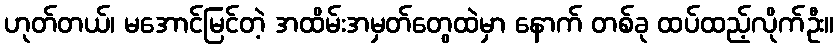
ဟုတ်တယ်၊ မအောင်မြင်တဲ့ အထိမ်းအမှတ်တွေထဲမှာ နောက် တစ်ခု ထပ်ထည့်လိုက်ဦး။